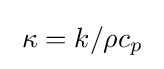
\;\kappa =k/\rho c_{p}\;